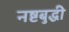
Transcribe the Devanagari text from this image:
नष्टबुद्धी